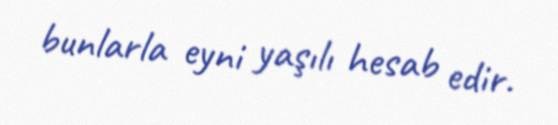
bunlarla eyni yaşılı hesab edir.